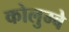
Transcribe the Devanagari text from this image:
कोलुम्बे